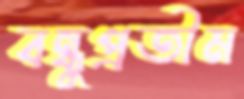
বন্ধুপ্রতীম